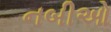
નબીઓ